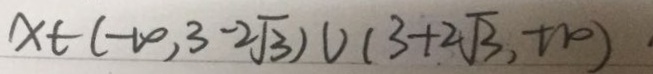
x \in ( - 1 0 , 3 - 2 \sqrt { 3 } ) \cup ( 3 + 2 \sqrt { 3 } , + 1 0 )